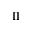
\mathrm { I I }